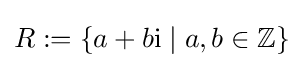
R:=\{a+b\mathrm {i} \mid a,b\in \mathbb {Z} \}